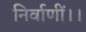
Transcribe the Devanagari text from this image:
निर्वाणीं।।